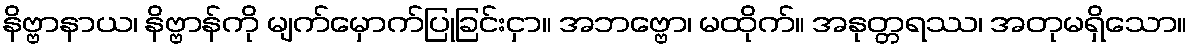
နိဗ္ဗာနာယ၊ နိဗ္ဗာန်ကို မျက်မှောက်ပြုခြင်းငှာ။ အဘဗ္ဗော၊ မထိုက်။ အနုတ္တရဿ၊ အတုမရှိသော။